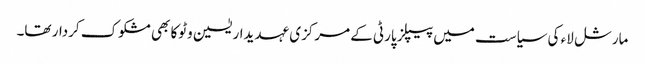
مارشل لاء کی سیاست میں پیپلز پارٹی کے مرکزی عہدیدار یٰسین وٹوکا بھی مشکوک کردار تھا۔